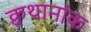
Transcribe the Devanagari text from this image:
क्वथानांक